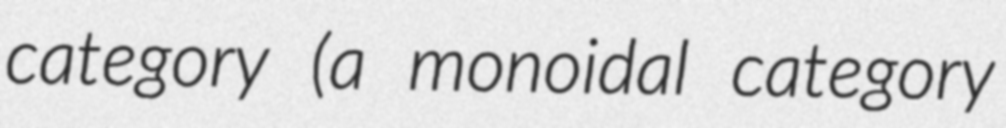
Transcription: category (a monoidal category